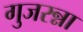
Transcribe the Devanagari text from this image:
गुजरन्ना